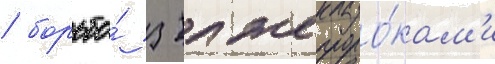
/ борьба́ з лжепроро́кам'и